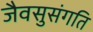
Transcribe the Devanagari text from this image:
जैवसुसंगति